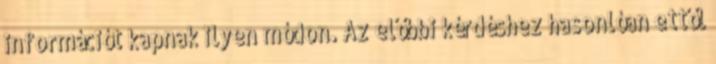
információt kapnak ilyen módon. Az előbbi kérdéshez hasonlóan ettől